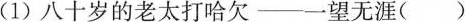
(1)八十岁的老太打哈欠—一望无涯()